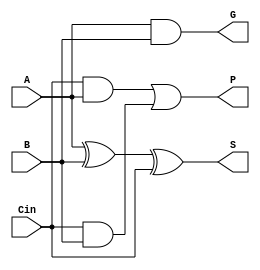
module full_adder_PGS(A, B, Cin, P, G, S);

//add A and B with a carry in Cin
input A, B, Cin;

//Propogate, Generate, Sum
output P, G, S;

//Addition logic for propogate, generate, and sum
assign P = ((Cin & A) | (Cin & B));
assign G = (A & B);
assign S = ((A ^ B) ^ Cin);

endmodule